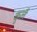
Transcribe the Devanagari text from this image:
कुलै